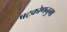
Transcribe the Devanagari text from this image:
षट्कोणनुमा